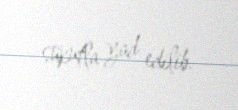
sükutla yad edilib.